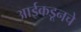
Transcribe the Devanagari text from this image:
आईकडूनचे